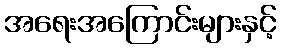
အရေးအကြောင်းများနှင့်